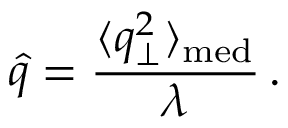
\hat { q } = \frac { \langle q _ { \perp } ^ { 2 } \rangle _ { \mathrm { m e d } } } { \lambda } \, .